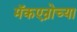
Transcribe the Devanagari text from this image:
मॅकएन्रोच्या